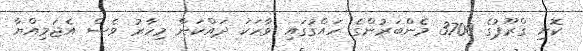
ކޮށި ގްރޫޕުގެ 3700 މެންބަރުންގެ ހައްގުގައި ވާހަކަ ދައްކަން މިހާރު ވެސް އެޖަމިއްޔާ